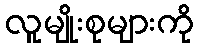
လူမျိုးစုများကို